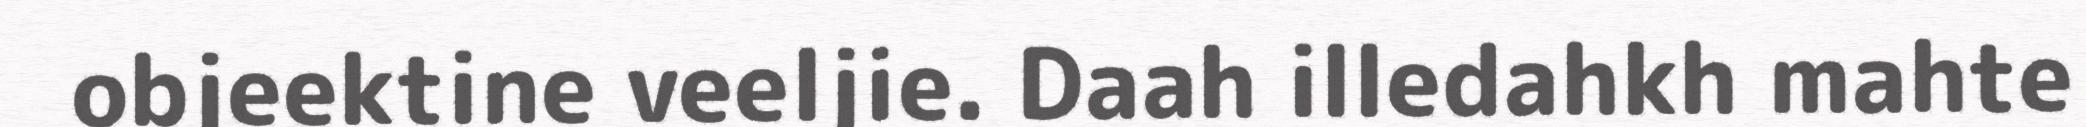
objeektine veeljie. Daah illedahkh mahte